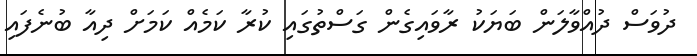
ދުވަސް ދުއްވާލަން ބަޔަކު ރާވައިގެން ގަސްތުގައި ކުރާ ކަމެއް ކަމަށް ދިއާ ބުނެފައި